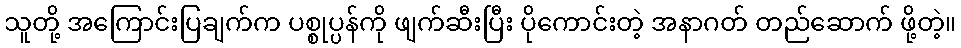
သူတို့ အကြောင်းပြချက်က ပစ္စုပ္ပန်ကို ဖျက်ဆီးပြီး ပိုကောင်းတဲ့ အနာဂတ် တည်ဆောက် ဖို့တဲ့။